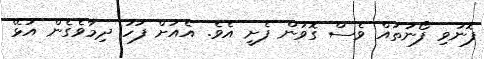
ފޮނުވި ފޯނުތައް ވެސް ގޮވަން ފެށީ އެވެ. އެއަށް ފަހު ދިމާވެގެން އުޅޭ